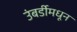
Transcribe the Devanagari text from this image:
उंबर्डीमधून